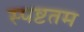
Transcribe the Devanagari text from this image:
स्पष्टतम